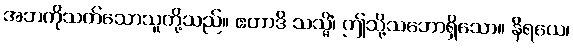
အဘကိုသတ်သောသူတို့သည်။ ဧတာဒိ သသ္မိံ၊ ဤသို့သဘောရှိသော။ နိရယေ၊